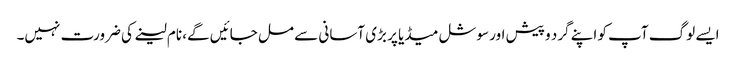
ایسے لوگ آپ کو اپنے گرد و پیش اور سوشل میڈیا پر بڑی آسانی سے مل جائیں گے، نام لینے کی ضرورت نہیں۔